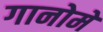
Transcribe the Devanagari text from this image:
गानोमे